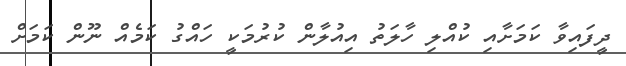
ދީފައިވާ ކަމަށާއި ކުއްލި ހާލަތު އިއުލާން ކުރުމަކީ ހައްގު ކަމެއް ނޫން ކަމަށް